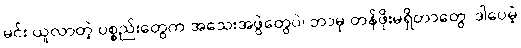
မင်း ယူလာတဲ့ ပစ္စည်းတွေက အသေးအဖွဲတွေပဲ၊ ဘာမှ တန်ဖိုးမရှိတာတွေ၊ ဒါပေမဲ့